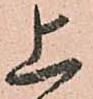
上